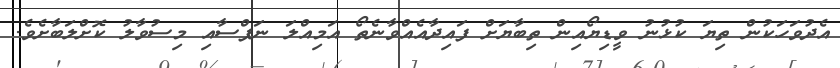
އެދުވަހަކުން ތިޔަ ކުޅުނު ވީޑިޔޯއިން ތިބާޔަށް ފައިދާއެއްވާނެތޯ އަމިއްލަ ނަފްސާއި މިސުވާލު ކޮށްލަބާށެވެ.